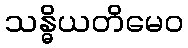
သန္ဓိယတိမေဝ